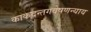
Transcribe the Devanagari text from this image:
काकदन्तगवेषणन्याय